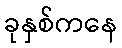
ခုနှစ်ကနေ